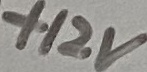
Text: +12V